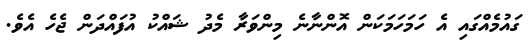
ގައުމެއްގައި އެ ހަމަހަމަކަން އޮންނާނެ މިންވަރާ މެދު ޝައްކު އުފައްދަން ޖެހެ އެވެ.